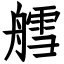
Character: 艝